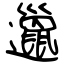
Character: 邋